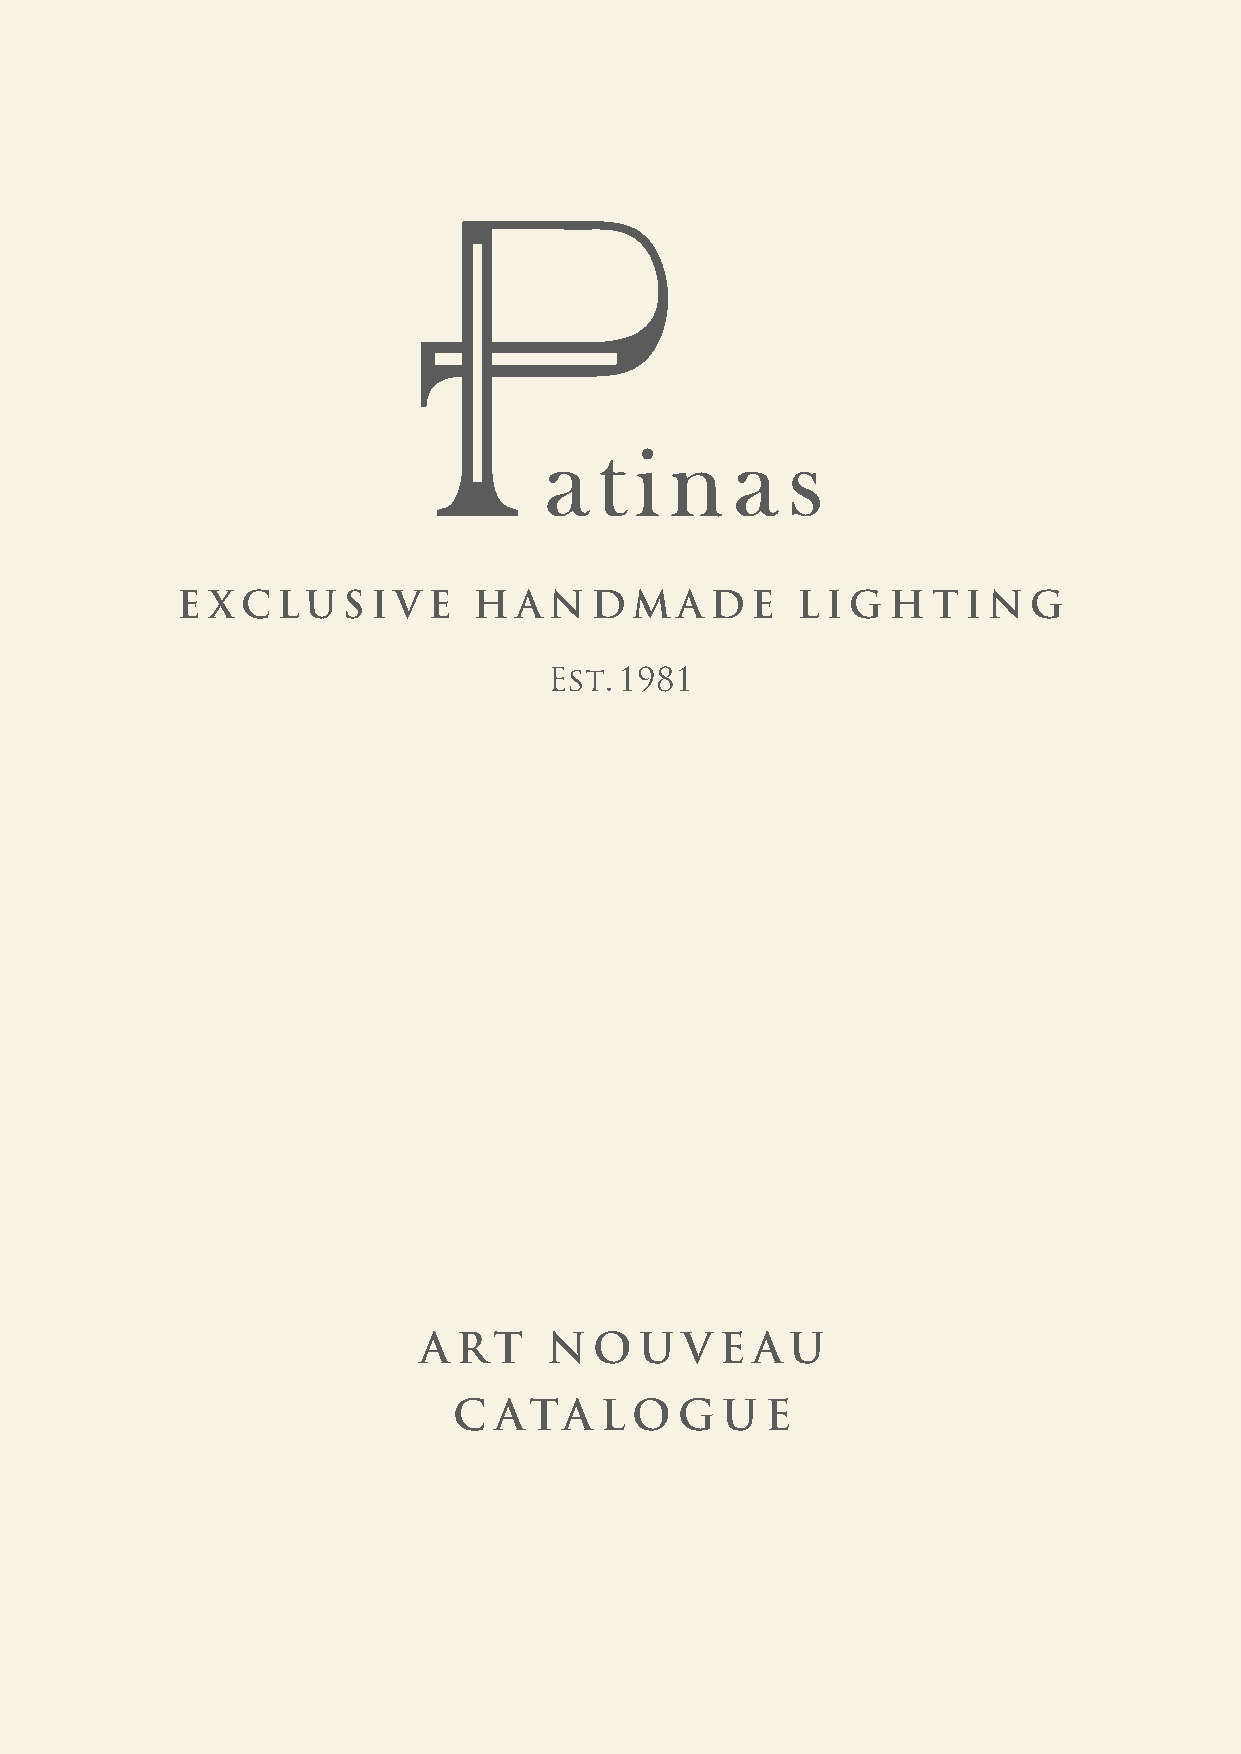
E X C LU   S I V E H  A N  D  M  A DE    L IG  H  T I NG
 Est. 1981
 A RT    N  O  U  V  E A U
 C  ATA    L O  G  U  E